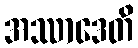
အဿာဒေတိ